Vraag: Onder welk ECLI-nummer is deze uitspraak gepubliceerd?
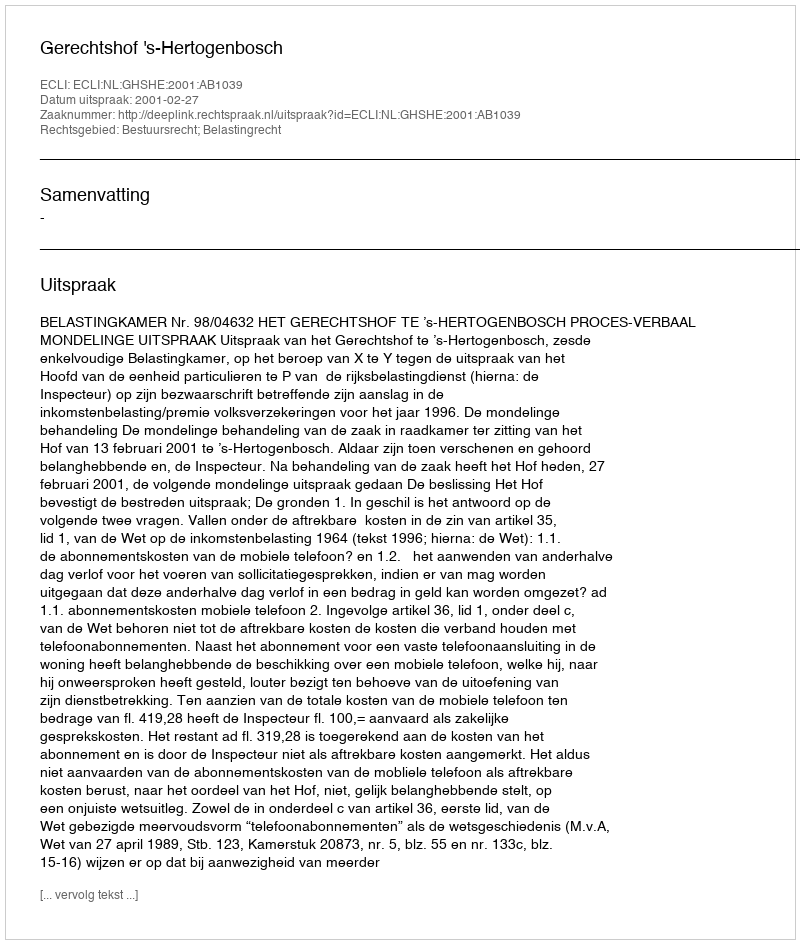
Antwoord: ECLI:NL:GHSHE:2001:AB1039